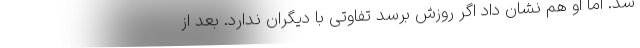
شد. اما او هم نشان داد اگر روزش برسد تفاوتی با دیگران ندارد. بعد از